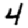
Digit: 4